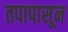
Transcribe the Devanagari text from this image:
तपापासून